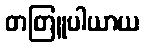
တတြူပါယာယ